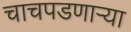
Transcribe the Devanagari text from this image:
चाचपडणाऱ्या